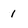
Character: I